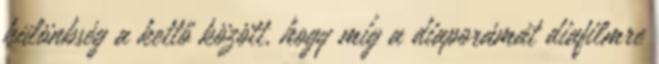
különbség a kettő között, hogy míg a diaporámát diafilmre